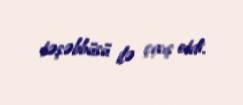
təşəbbüsü ilə çıxış etdi.